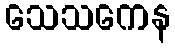
သေသကေန